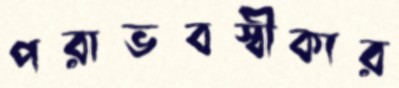
পরাভবস্বীকার